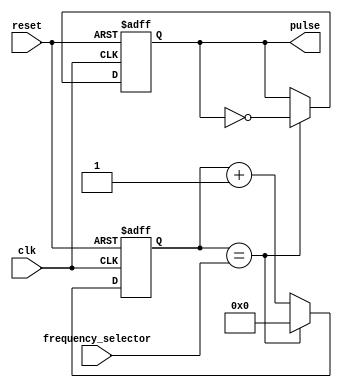
module Variable_frequency_pulse_generator (
    input wire clk,
    input wire reset,
    input wire frequency_selector,
    output reg pulse
);

reg [31:0] counter = 0;

always @(posedge clk or posedge reset) begin
    if (reset) begin
        counter <= 0;
        pulse <= 0;
    end else begin
        if (counter == frequency_selector) begin
            pulse <= ~pulse;
            counter <= 0;
        end else begin
            counter <= counter + 1;
        end
    end
end

endmodule